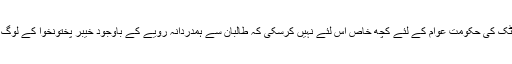
پختونخوا میں جناب پرویز خٹک کی حکومت عوام کے لئے کچھ خاص اس لئے نہیں کرسکی کہ طالبان سے ہمدردانہ رویّے کے باوجود خیبر پختونخوا کے لوگ دہشت گردی کا شکار رہے۔